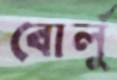
বোর্লু